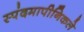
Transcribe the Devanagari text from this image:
स्पंदमापीनिकले